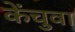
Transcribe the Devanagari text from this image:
केंचुवा